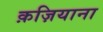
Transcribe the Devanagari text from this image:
क़ज़ियाना